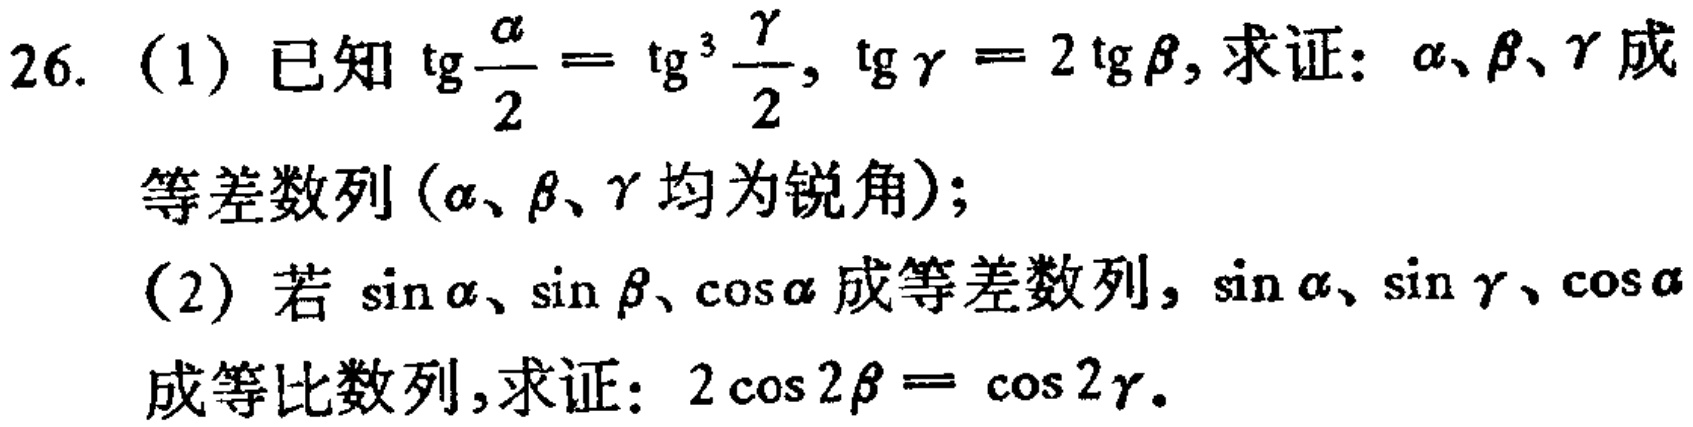
26. (1) 已知$\tan\frac{\alpha}{2}=\tan^{3}\frac{\gamma}{2},\tan\gamma = 2\tan\beta$, 求证: $\alpha、\beta、\gamma$ 成

等差数列 ($\alpha、\beta、\gamma$ 均为锐角);

(2) 若$\sin\alpha、\sin\beta、\cos\alpha$ 成等差数列, $\sin\alpha、\sin\gamma、\cos\alpha$

成等比数列,求证: $2\cos2\beta=\cos2\gamma$.